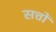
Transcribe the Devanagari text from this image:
सत्तों